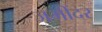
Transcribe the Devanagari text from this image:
जमींदर